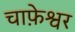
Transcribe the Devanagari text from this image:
चाफ़ेश्वर